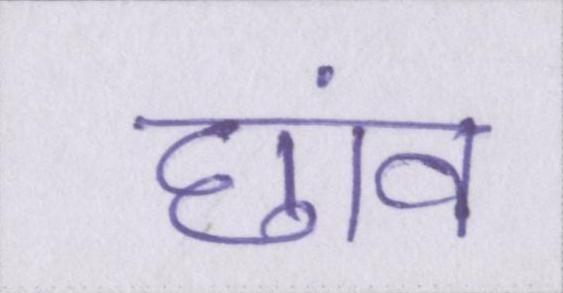
छांव